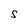
Character: S